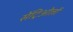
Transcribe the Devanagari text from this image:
सेंट्रिओलों